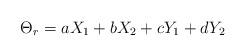
LaTeX: \begin{align*} \Theta_r &= a X_1 + bX_2 + cY_1 + dY_2 \end{align*}